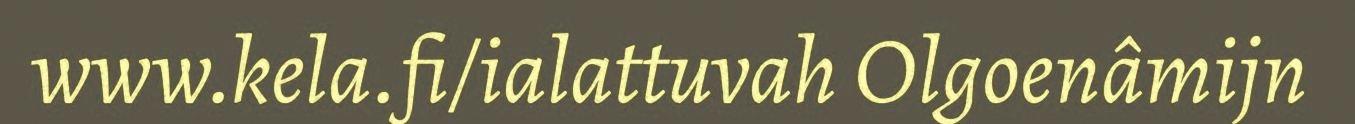
www.kela.fi/ialattuvah Olgoenâmijn